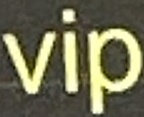
VIP